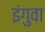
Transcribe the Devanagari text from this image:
इंगुवा